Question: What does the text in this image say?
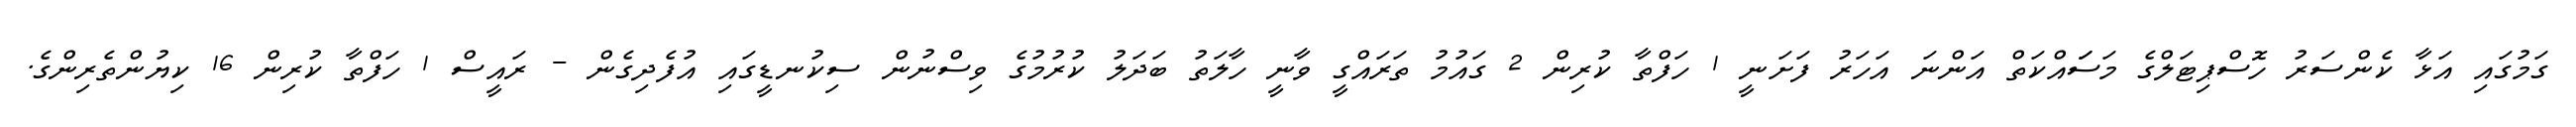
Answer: ގަމުގައި އަޅާ ކެންސަރު ހޮސްޕިޓަލްގެ މަސަައްކަތް އަންނަ އަހަރު ފަށަނީ 1 ހަފްތާ ކުރިން 2 ގައުމު ތަރައްގީ ވާނީ ހާލަތު ބަދަލު ކުރުމުގެ ވިސްނުން ސިކުނޑީގައި އުފެދިގެން - ރައީސް 1 ހަފްތާ ކުރިން 16 ކިޔުންތެރިންގެ.